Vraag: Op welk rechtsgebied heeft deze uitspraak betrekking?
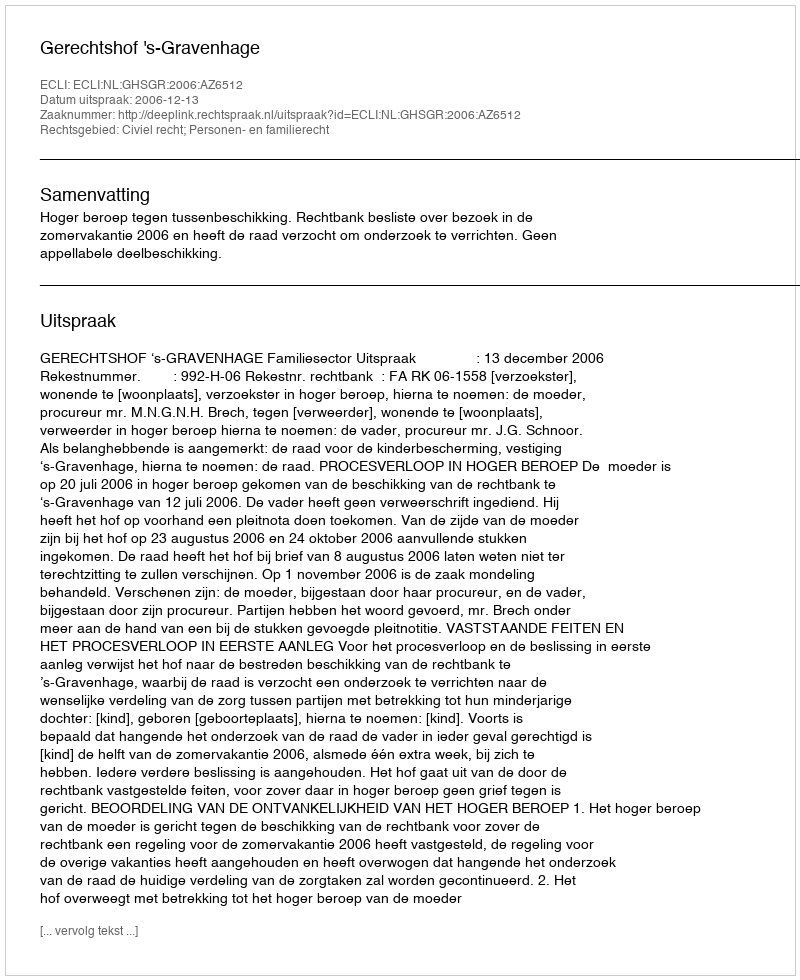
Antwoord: Civiel recht; Personen- en familierecht